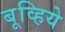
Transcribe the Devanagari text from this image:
बूव्हिये